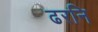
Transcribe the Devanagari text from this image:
ढरनि